Annual administration report of the Civil Veterinary Department of India - 1897-1898
Year: 1897
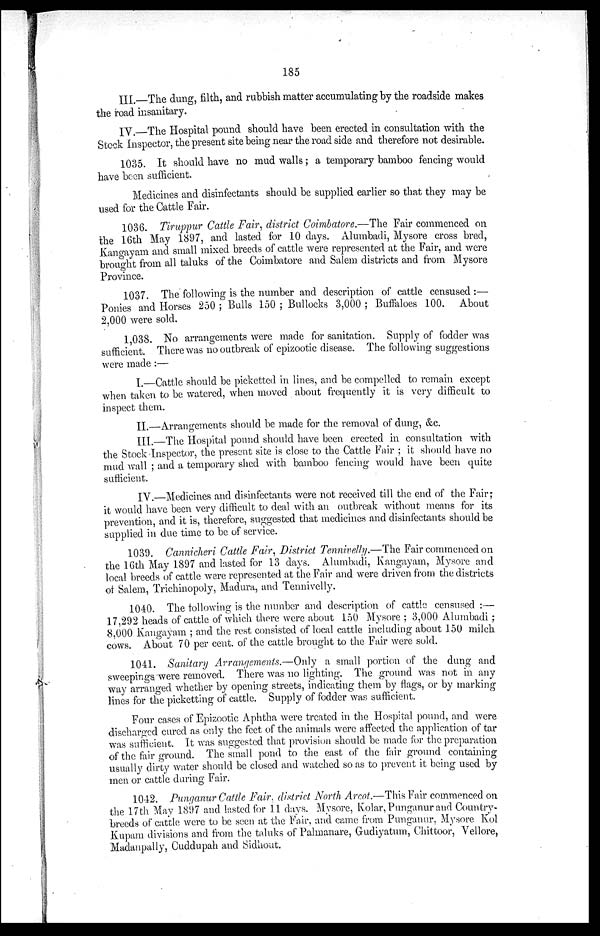
185
III.-The
dung, filth, and rubbish matter accumulating by the roadside makes
the road insanitary.
IV.-The Hospital pound should have been erected in consultation with the
Stock Inspector, the present site being near the road side and therefore not desirable.
1035. It should have no mud walls; a temporary bamboo fencing would
have been sufficient.
Medicines and disinfectants should be supplied earlier so that they may be
used for the Cattle Fair.
1036. Tiruppur Cattle Fair, district Coimbatore.—The Fair commenced on
the 16th May 1897, and lasted for 10 days. Alumbadi, Mysore cross bred,
Kangayam and small mixed breeds of cattle were represented at the Fair, and were
brought from all taluks of the Coimbatore and Salem districts and from Mysore
Province.
1037. The following is the number and description of cattle censused:—
Ponies and Horses 250; Bulls 150; Bullocks 3,000; Buffaloes 100. About
2,000 were sold.
1,038. No arrangements were made for sanitation. Supply of fodder was
sufficient. There was no outbreak of epizootic disease. The following suggestions
were made:—
I.—Cattle should be picketted in lines, and be compelled to remain except
when taken to be watered, when moved about frequently it is very difficult to
inspect them.
II.-Arrangements should be made for the removal of dung, &c.
III. The Hospital pound should have been erected in consultation with
the Stock Inspector, the present site is close to the Cattle Fair; it should have no
mud wall; and a temporary shed with bamboo fencing would have been quite
sufficient.
IV.—Medicines and disinfectants were not received till the end of the Fair;
it would have been very difficult to deal with an outbreak without means for its
prevention, and it is, therefore, suggested that medicines and disinfectants should be
supplied in due time to be of service.
1039. Cannicheri Cattle Fair, District Tennivelly.—The Fair commenced on
the 16th May 1897 and lasted for 13 days. Alumbadi, Kangayam, Mysore and
local breeds of cattle were represented at the Fair and were driven from the districts
of Salem, Trichinopoly, Madura, and Tennivelly.
1040. The following is the number and description of cattle censused:—
17,292 heads of cattle of which there were about 150 Mysore; 3,000 Alumbadi;
8,000 Kangayam; and the rest consisted of local cattle including about 150 milch
cows. About 70 per cent. of the cattle brought to the Fair were sold.
1041. Sanitary Arrangements.—Only a small portion of the dung and
sweepings were removed. There was no lighting. The ground was not in any
way arranged whether by opening streets, indicating them by flags, or by marking
lines for the picketting of cattle. Supply of fodder was sufficient.
Four cases of Epizootic Aphtha were treated in the Hospital pound, and were
discharged cured as only the feet of the animals were affected the application of tar
was sufficient. It was suggested that provision should be made for the preparation
of the fair ground. The small pond to the east of the fair ground containing
usually dirty water should be closed and watched so as to prevent it being used by
men or cattle during Fair.
1042. Punganur Cattle Fair, district North Arcot.—This Fair commenced on
the 17th May 1897 and lasted for 11 days. Mysore, Kolar, Punganur and Country-
breeds of cattle were to be seen at the Fair, and came from Punganur, Mysore Kol
Kupam divisions and from the taluks of Palmanare, Gudiyatum, Chittoor, Vellore,
Madanpally, Cuddupah and Sidhout.